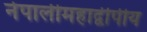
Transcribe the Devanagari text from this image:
नेपालीमहाद्वीपीय